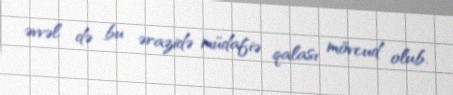
əvvəl də bu ərazidə müdafiə qalası mövcud olub.